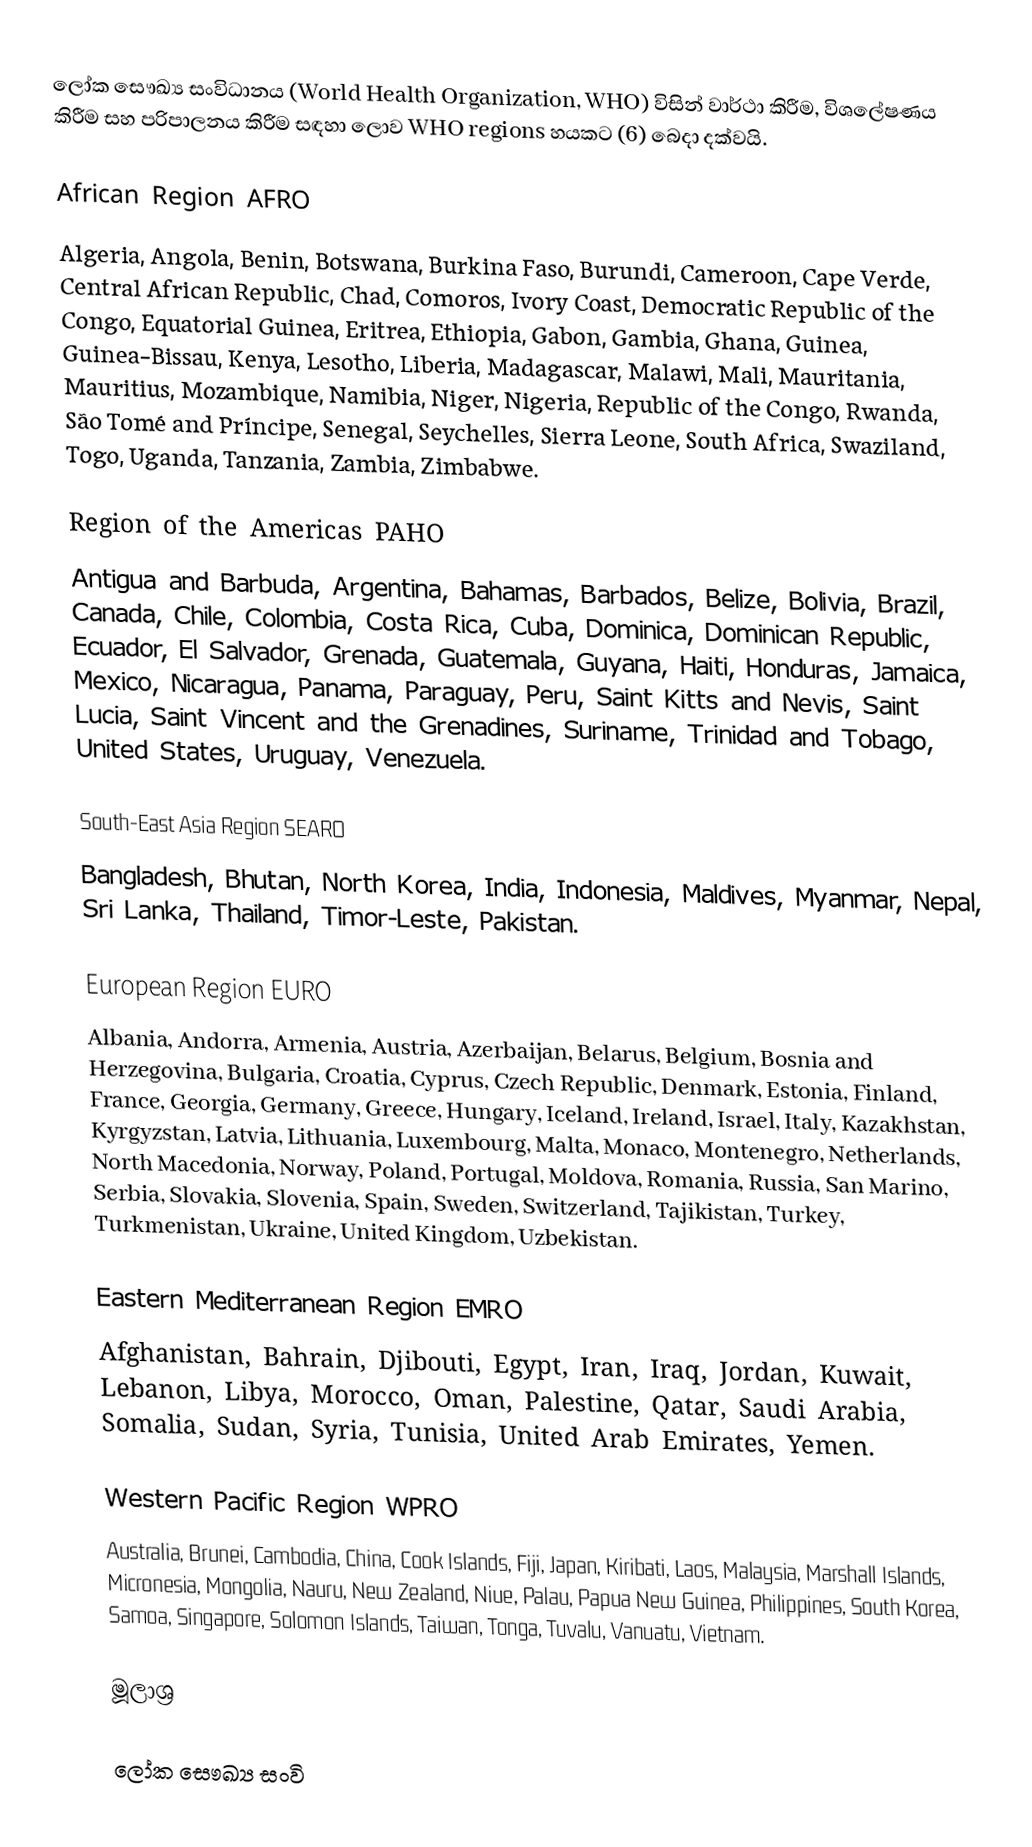
ලෝක සෞඛ්‍ය සංවිධානය (World Health Organization, WHO) විසින් වාර්ථා කිරීම, විශලේෂණය කිරීම සහ පරිපාලනය කිරීම සඳහා ලොව WHO regions හයකට (6) බෙදා දක්වයි.

African Region AFRO
Algeria, Angola, Benin, Botswana, Burkina Faso, Burundi, Cameroon, Cape Verde, Central African Republic, Chad, Comoros, Ivory Coast, Democratic Republic of the Congo, Equatorial Guinea, Eritrea, Ethiopia, Gabon, Gambia, Ghana, Guinea, Guinea-Bissau, Kenya, Lesotho, Liberia, Madagascar, Malawi, Mali, Mauritania, Mauritius, Mozambique, Namibia, Niger, Nigeria, Republic of the Congo, Rwanda, São Tomé and Príncipe, Senegal, Seychelles, Sierra Leone, South Africa, Swaziland, Togo, Uganda, Tanzania, Zambia, Zimbabwe.

Region of the Americas PAHO
Antigua and Barbuda, Argentina, Bahamas, Barbados, Belize, Bolivia, Brazil, Canada, Chile, Colombia, Costa Rica, Cuba, Dominica, Dominican Republic, Ecuador, El Salvador, Grenada, Guatemala, Guyana, Haiti, Honduras, Jamaica, Mexico, Nicaragua, Panama, Paraguay, Peru, Saint Kitts and Nevis, Saint Lucia, Saint Vincent and the Grenadines, Suriname, Trinidad and Tobago, United States, Uruguay, Venezuela.

South-East Asia Region SEARO
Bangladesh, Bhutan, North Korea, India, Indonesia, Maldives, Myanmar, Nepal, Sri Lanka, Thailand, Timor-Leste, Pakistan.

European Region EURO
Albania, Andorra, Armenia, Austria, Azerbaijan, Belarus, Belgium, Bosnia and Herzegovina, Bulgaria, Croatia, Cyprus, Czech Republic, Denmark, Estonia, Finland, France, Georgia, Germany, Greece, Hungary, Iceland, Ireland, Israel, Italy, Kazakhstan, Kyrgyzstan, Latvia, Lithuania, Luxembourg, Malta, Monaco, Montenegro, Netherlands, North Macedonia, Norway, Poland, Portugal, Moldova, Romania, Russia, San Marino, Serbia, Slovakia, Slovenia, Spain, Sweden, Switzerland, Tajikistan, Turkey, Turkmenistan, Ukraine, United Kingdom, Uzbekistan.

Eastern Mediterranean Region EMRO
Afghanistan, Bahrain, Djibouti, Egypt, Iran, Iraq, Jordan, Kuwait, Lebanon, Libya, Morocco, Oman, Palestine, Qatar, Saudi Arabia, Somalia, Sudan, Syria, Tunisia, United Arab Emirates, Yemen.

Western Pacific Region WPRO
Australia, Brunei, Cambodia, China, Cook Islands, Fiji, Japan, Kiribati, Laos, Malaysia, Marshall Islands, Micronesia, Mongolia, Nauru, New Zealand, Niue, Palau, Papua New Guinea, Philippines, South Korea, Samoa, Singapore, Solomon Islands, Taiwan, Tonga, Tuvalu, Vanuatu, Vietnam.

මූලාශ්‍ර

ලෝක සෞඛ්‍ය සංවි